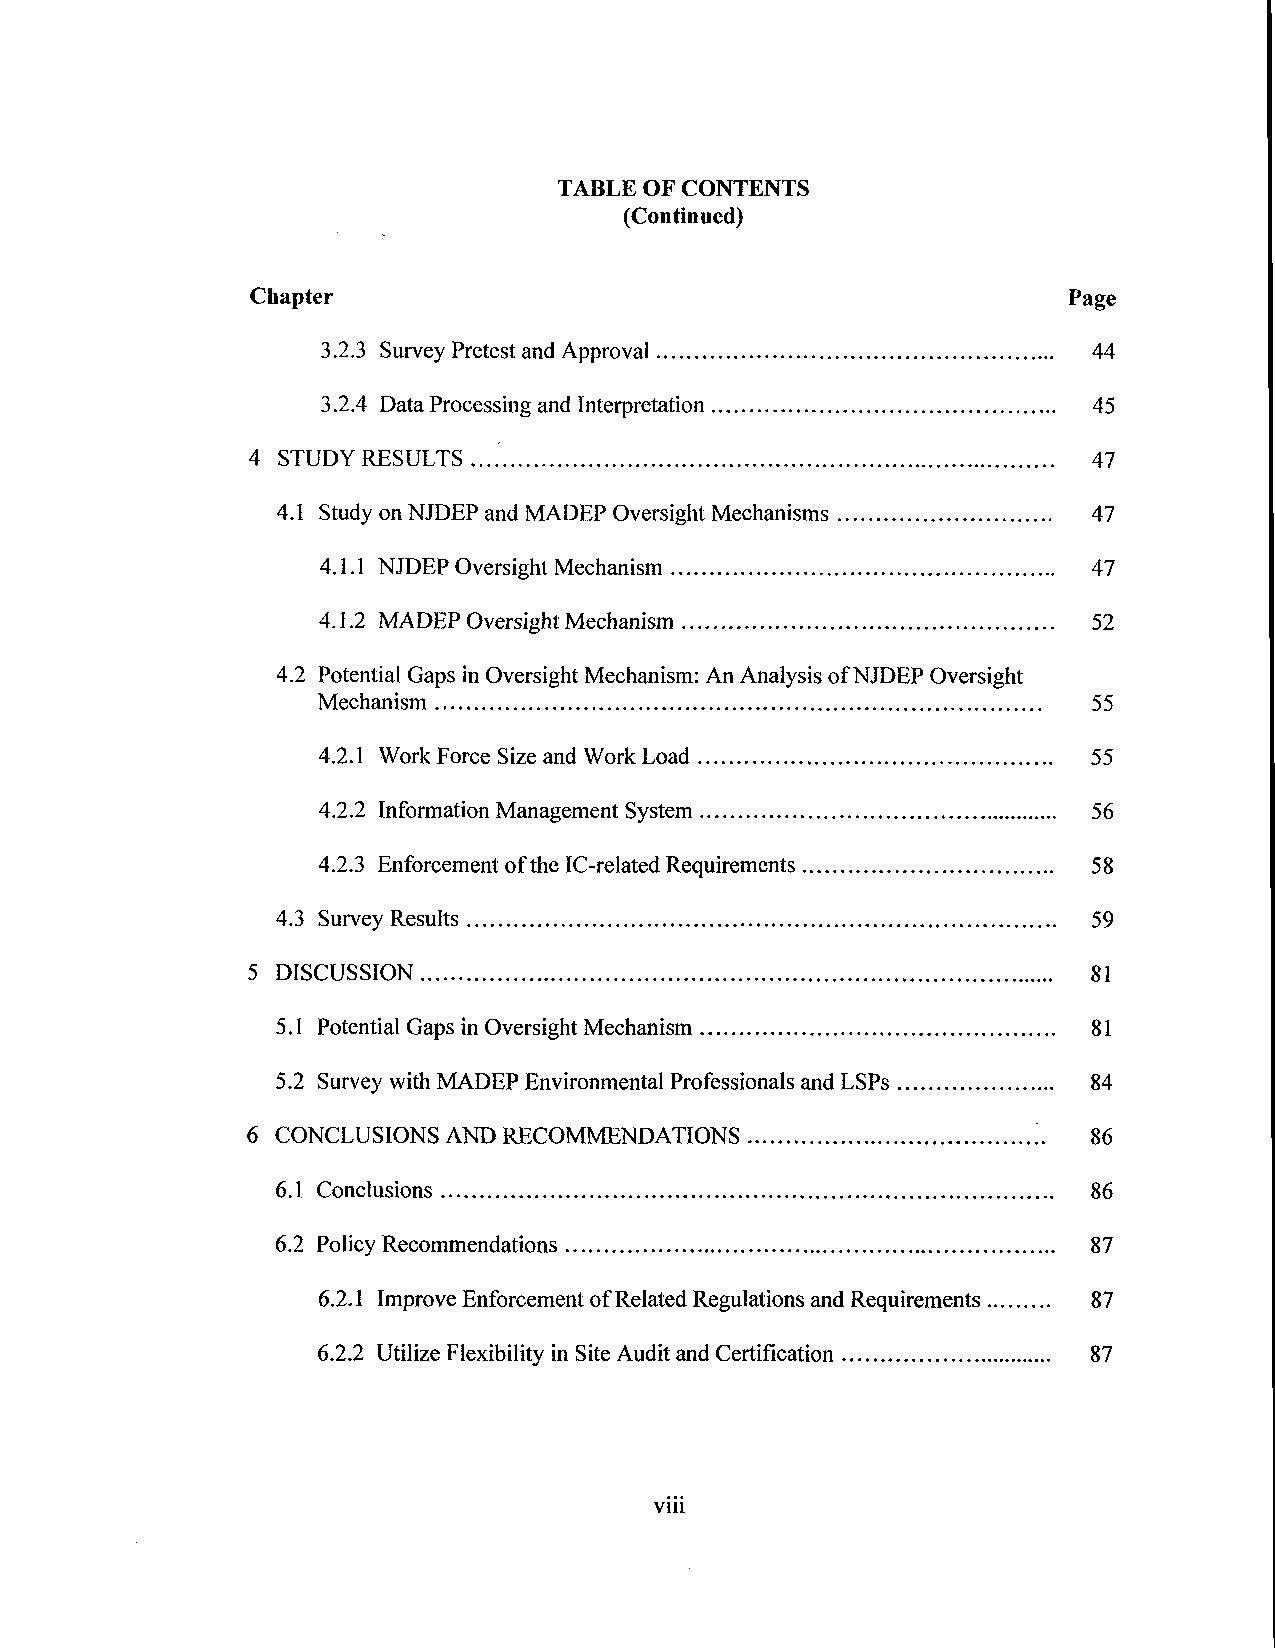
TABLE OF CONTENTS
 (Continued)
 Chapter                                               Page
 3.2.3 Survey Pretest and Approval                  44
 3.2.4 Data Processing and Interpretation           45
 4 STUDY RESULTS                                        47
 4.1 Study on NJDEP and MADEP Oversight Mechanisms   47
 4.1.1 NJDEP Oversight Mechanism                    47
 4.1.2 MADEP Oversight Mechanism                   52
 4.2 Potential Gaps in Oversight Mechanism: An Analysis of NJDEP Oversight
 Mechanism                                          55
 4.2.1 Work Force Size and Work Load              55
 4.2.2  Information    Management      System     56
 4.2.3 Enforcement of the IC-related Requirements   58
 4.3 Survey Results                                    59
 5 DISCUSSION                                            81
 5.1 Potential Gaps in Oversight Mechanism            81
 5.2 Survey with MADEP Environmental Professionals and LSPs 84
 6 CONCLUSIONS AND RECOMMENDATIONS                     86
 6.1 Conclusions                                       86
 6.2 Policy Recommendations                            87
 6.2.1 Improve Enforcement of Related Regulations and Requirements 87
 6.2.2 Utilize Flexibility in Site Audit and Certification 87
 viii